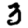
Digit: 3